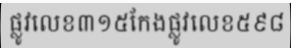
ផ្លូវលេខ៣១៥កែងផ្លូវលេខ៥៩៨